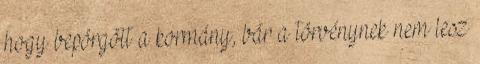
hogy bepörgött a kormány, bár a törvénynek nem lesz